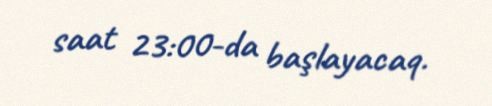
saat 23:00-da başlayacaq.